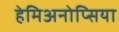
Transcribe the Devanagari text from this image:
हेमिअनोप्सिया